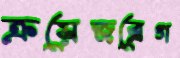
ক্রয়েজব্রেগ